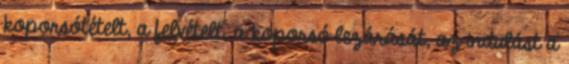
koporsótételt, a felvételt, a koporsó lezárását, az indulást a